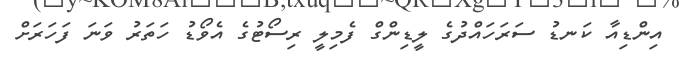
އިންޑިއާ ކަނޑު ސަރަހައްދުގެ ލީޑިންގް ފެމިލީ ރިސޯޓުގެ އެވޯޑު ހަތަރު ވަނަ ފަހަރަށް